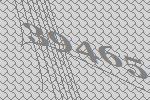
39465